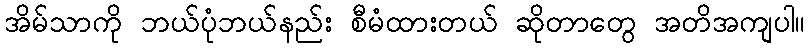
အိမ်သာကို ဘယ်ပုံဘယ်နည်း စီမံထားတယ် ဆိုတာတွေ အတိအကျပါ။